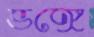
ভঙ্গে